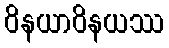
ဝိနယာဝိနယဿ